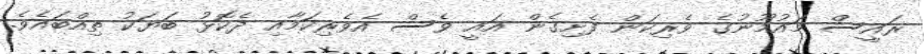
ރައީސް މައުމޫނުގެ ވެރިކަން ފެށިގެން އައީ ވެސް އެވެރިކަމާއި ދެކޮޅު ބަޔަކު ތިއްބައެވެ.